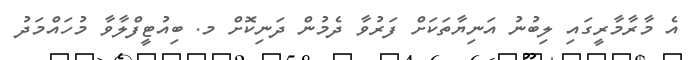
އެ މާރާމާރީގައި ލިބުނު އަނިޔާތަކަށް ފަރުވާ ދެމުން ދަނިކޮށް މ. ބިއުޓީފްލާވާ މުހައްމަދު